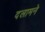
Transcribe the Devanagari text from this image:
दलामने